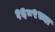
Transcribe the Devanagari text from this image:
१६८९च्या